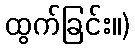
ထွက်ခြင်း။)